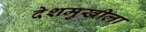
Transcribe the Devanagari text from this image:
देशमुखीला